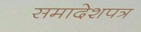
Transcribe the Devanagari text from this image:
समादेशपत्र